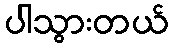
ပါသွားတယ်